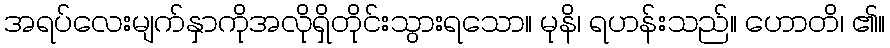
အရပ်လေးမျက်နှာကိုအလိုရှိတိုင်းသွားရသော။ မုနိ၊ ရဟန်းသည်။ ဟောတိ၊ ၏။